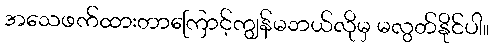
အသေဖက်ထားတာကြောင့်ကျွန်မဘယ်လိုမှ မလွတ်နိုင်ပါ။